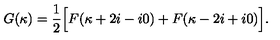
G ( \kappa ) = \frac { 1 } { 2 } \Bigl [ F ( \kappa + 2 i - i 0 ) + F ( \kappa - 2 i + i 0 ) \Bigr ] .